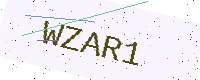
Text: WZAR1